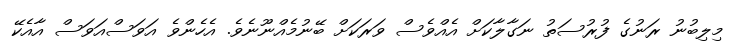
މިލިބުނު ރަނުގެ ފުރުސަތު ނަގާލާކަށް އެއްވެސް ވަރަކަށް ބޭނުމެއްނޫނެވެ. އެހެންވެ އަވަސްއަވަސް އާއެކޭ